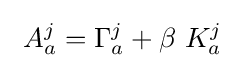
\ A_{a}^{j}=\Gamma _{a}^{j}+\beta \ K_{a}^{j}\